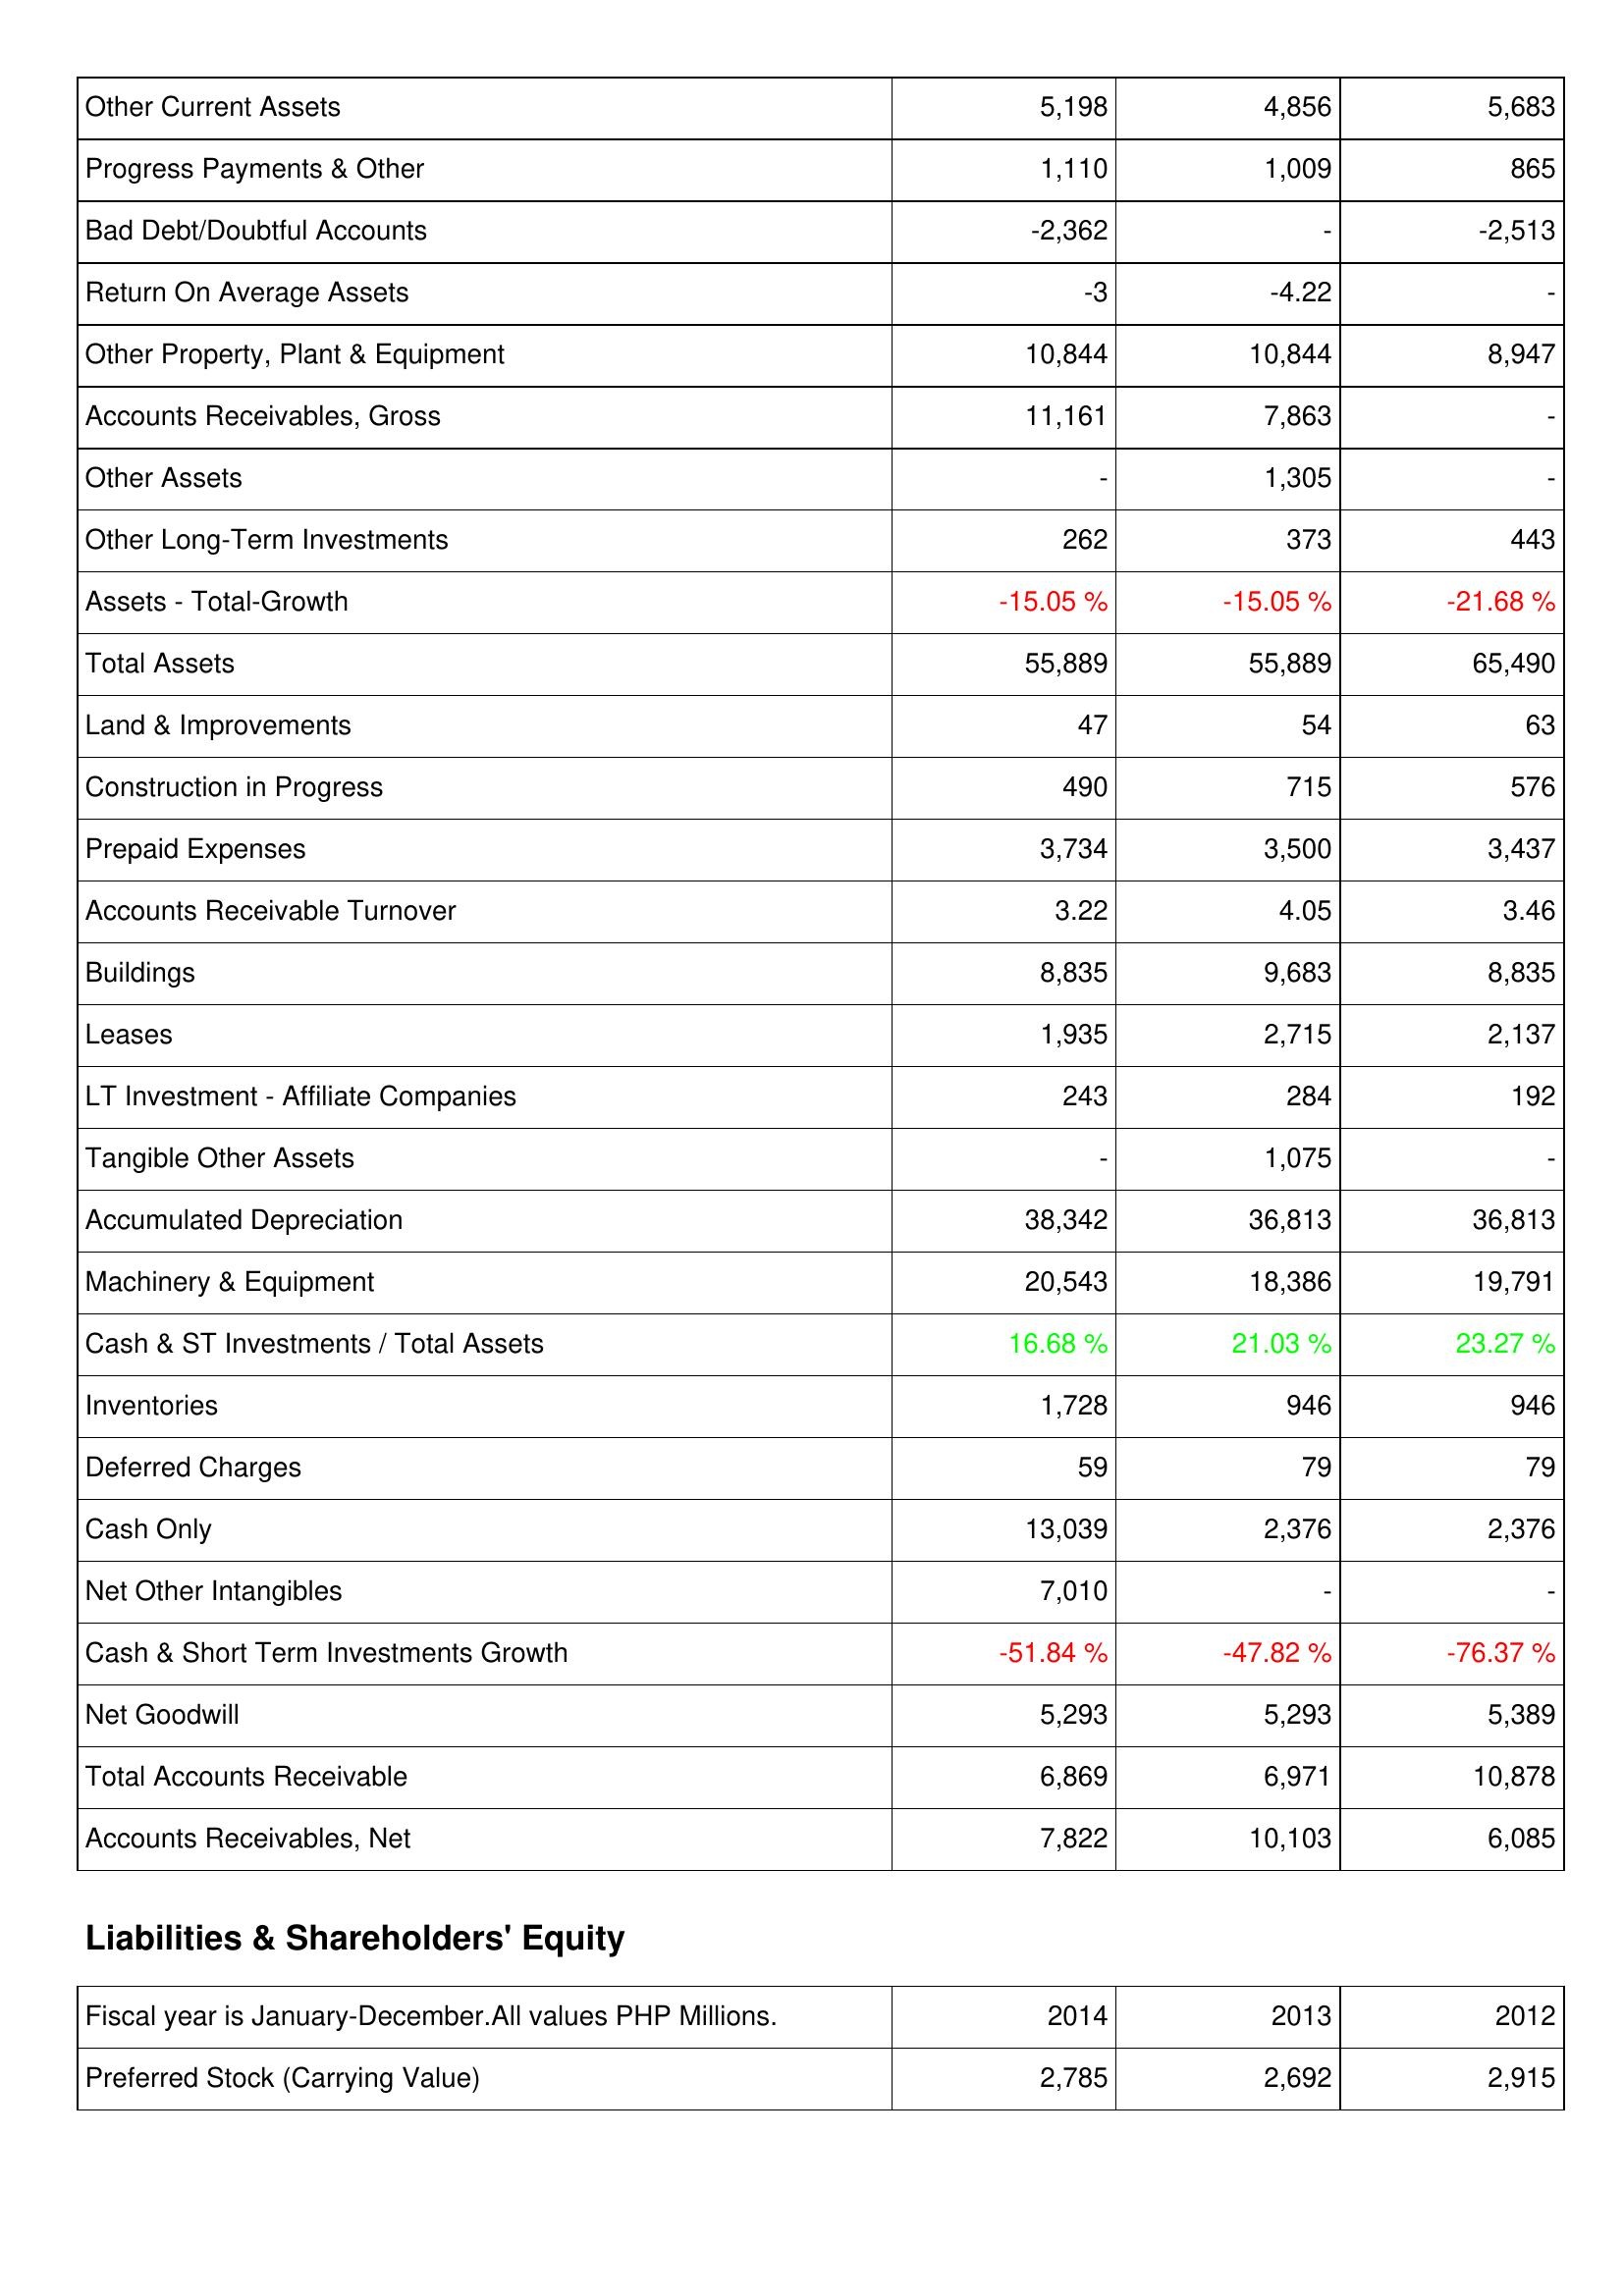
2014: Assets: Other Current Assets: 5,198
Progress Payments & Other: 1,110
Bad Debt/Doubtful Accounts: -2,362
Return On Average Assets: -3
Other Property, Plant & Equipment: 10,844
Accounts Receivables, Gross: 11,161
Other Assets: -
Other Long-Term Investments: 262
Assets - Total-Growth: -15.05 %
Total Assets: 55,889
Land & Improvements: 47
Construction in Progress: 490
Prepaid Expenses: 3,734
Accounts Receivable Turnover: 3.22
Buildings: 8,835
Leases: 1,935
LT Investment - Affiliate Companies: 243
Tangible Other Assets: -
Accumulated Depreciation: 38,342
Machinery & Equipment: 20,543
Cash & ST Investments / Total Assets: 16.68 %
Inventories: 1,728
Deferred Charges: 59
Cash Only: 13,039
Net Other Intangibles: 7,010
Cash & Short Term Investments Growth: -51.84 %
Net Goodwill: 5,293
Total Accounts Receivable: 6,869
Accounts Receivables, Net: 7,822
Liabilities & Shareholders' Equity: Preferred Stock (Carrying Value): 2,785
2013: Assets: Other Current Assets: 4,856
Progress Payments & Other: 1,009
Bad Debt/Doubtful Accounts: -
Return On Average Assets: -4.22
Other Property, Plant & Equipment: 10,844
Accounts Receivables, Gross: 7,863
Other Assets: 1,305
Other Long-Term Investments: 373
Assets - Total-Growth: -15.05 %
Total Assets: 55,889
Land & Improvements: 54
Construction in Progress: 715
Prepaid Expenses: 3,500
Accounts Receivable Turnover: 4.05
Buildings: 9,683
Leases: 2,715
LT Investment - Affiliate Companies: 284
Tangible Other Assets: 1,075
Accumulated Depreciation: 36,813
Machinery & Equipment: 18,386
Cash & ST Investments / Total Assets: 21.03 %
Inventories: 946
Deferred Charges: 79
Cash Only: 2,376
Net Other Intangibles: -
Cash & Short Term Investments Growth: -47.82 %
Net Goodwill: 5,293
Total Accounts Receivable: 6,971
Accounts Receivables, Net: 10,103
Liabilities & Shareholders' Equity: Preferred Stock (Carrying Value): 2,692
2012: Assets: Other Current Assets: 5,683
Progress Payments & Other: 865
Bad Debt/Doubtful Accounts: -2,513
Return On Average Assets: -
Other Property, Plant & Equipment: 8,947
Accounts Receivables, Gross: -
Other Assets: -
Other Long-Term Investments: 443
Assets - Total-Growth: -21.68 %
Total Assets: 65,490
Land & Improvements: 63
Construction in Progress: 576
Prepaid Expenses: 3,437
Accounts Receivable Turnover: 3.46
Buildings: 8,835
Leases: 2,137
LT Investment - Affiliate Companies: 192
Tangible Other Assets: -
Accumulated Depreciation: 36,813
Machinery & Equipment: 19,791
Cash & ST Investments / Total Assets: 23.27 %
Inventories: 946
Deferred Charges: 79
Cash Only: 2,376
Net Other Intangibles: -
Cash & Short Term Investments Growth: -76.37 %
Net Goodwill: 5,389
Total Accounts Receivable: 10,878
Accounts Receivables, Net: 6,085
Liabilities & Shareholders' Equity: Preferred Stock (Carrying Value): 2,915